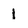
Character: 1